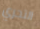
التحري